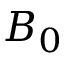
B _ { 0 }